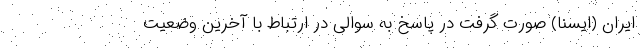
ایران (ایسنا) صورت گرفت در پاسخ به سوالی در ارتباط با آخرین وضعیت